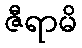
ဇီရာမိ